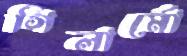
গিলার্মো